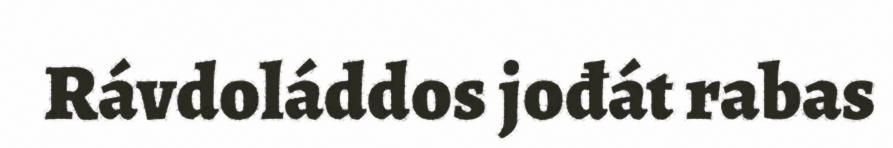
Rávdoláddos jođát rabas